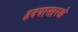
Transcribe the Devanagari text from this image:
हृदयासारखे